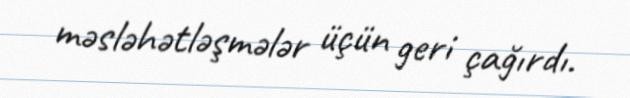
məsləhətləşmələr üçün geri çağırdı.